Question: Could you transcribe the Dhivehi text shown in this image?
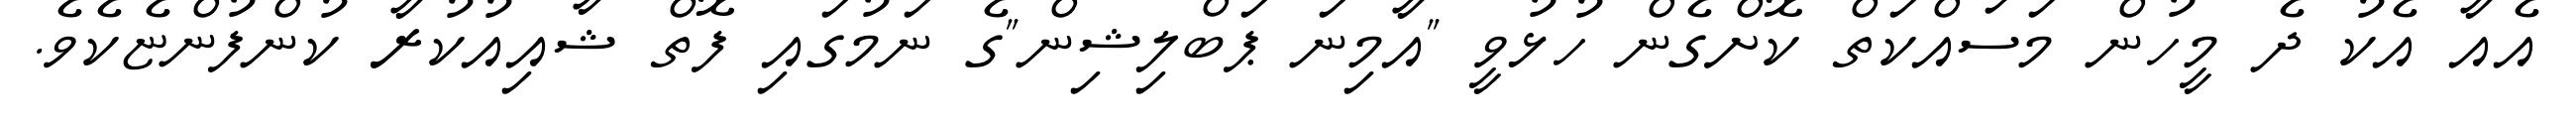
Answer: އެއާ އެކު ދެ މީހުން މަސައްކަތް ކޮށްގެން ހުޅުވީ "އާމިނަ ޕަބްލިޝިން"ގެ ނަމުގައި ފޮތް ޝާއިއުކުރާ ކުންފުންޏެކެވެ.